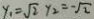
y _ { 1 } = \sqrt { 2 } y _ { 2 } = - \sqrt { 2 }